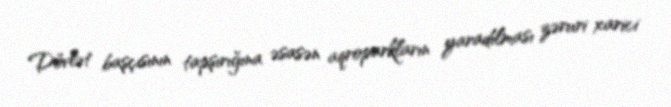
Dövlət başçısının tapşırığına əsasən aqroparkların yaradılması zəruri xarici